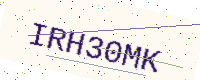
Text: IRH30MK